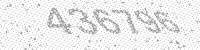
Solution: 436796